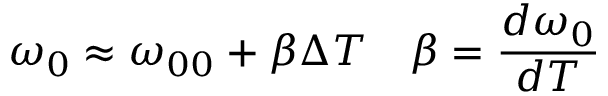
\omega _ { 0 } \approx \omega _ { 0 0 } + \beta \Delta T \quad \beta = \frac { d \omega _ { 0 } } { d T }